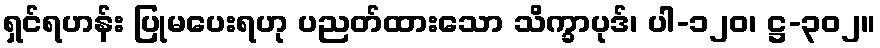
ရှင်ရဟန်း ပြုမပေးရဟု ပညတ်ထားသော သိက္ခာပုဒ်၊ ပါ-၁၂၀၊ ဋ္ဌ-၃၀၂။